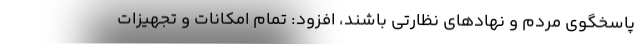
پاسخگوی مردم و نهادهای نظارتی باشند، افزود: تمام امکانات و تجهیزات